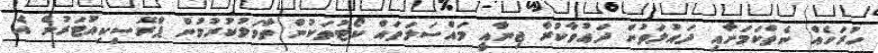
ހުރަހެއް ނެތްކަމަށާއި ދައުލަތުން ދަޢުވާކުރާ ޖިނާއީ މައްސަލަތައް ކޯޓުތަކުން ތާވަލުކުރުމުން ޕްރޮސިކިއުޓަރުން އެ